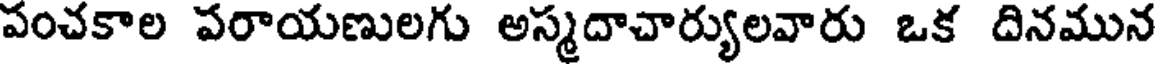
పంచకాల పరాయణులగు అస్మదాచార్యులవారు ఒక దినమున